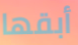
أبقها